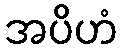
အပိဟံ